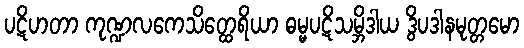
ပဋိဟတာ ကုဏ္ဍလကေသိတ္ထေရိယာ ဓမ္မပဋိသမ္ဘိဒါယ ဒွိပဒါနမုတ္တမော